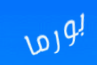
بورما